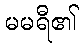
မမရီ၏